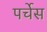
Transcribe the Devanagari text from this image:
पर्चेस